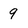
Character: 9